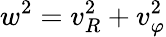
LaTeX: w^{2}=v_{R}^{2}+v_{\varphi}^{2}